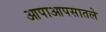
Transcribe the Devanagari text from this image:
आपाआपसातले